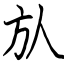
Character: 㫃